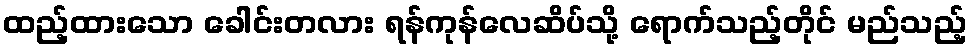
ထည့်ထားသော ခေါင်းတလား ရန်ကုန်လေဆိပ်သို့ ရောက်သည့်တိုင် မည်သည့်